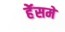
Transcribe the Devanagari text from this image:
हॅेसमें